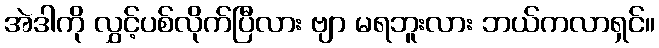
အဲဒါကို လွှင့်ပစ်လိုက်ပြီလား ဗျာ မရဘူးလား ဘယ်ကလာရှင်။